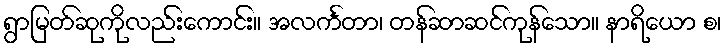
ရွာမြတ်ဆုကိုလည်းကောင်း။ အလင်္ကတာ၊ တန်ဆာဆင်ကုန်သော။ နာရိယော စ၊